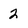
Character: 2